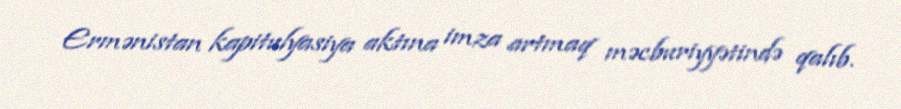
Ermənistan kapitulyasiya aktına imza artmaq məcburiyyətində qalıb.